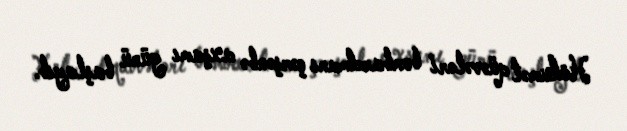
Hökumət qüvvələri bombardmanı çərşənbə axşamı günü başlayıb.